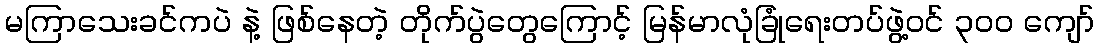
မကြာသေးခင်ကပဲ နဲ့ ဖြစ်နေတဲ့ တိုက်ပွဲတွေကြောင့် မြန်မာလုံခြုံရေးတပ်ဖွဲ့ဝင် ၃၀၀ ကျော်